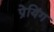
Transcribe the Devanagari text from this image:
प्रेयिंग